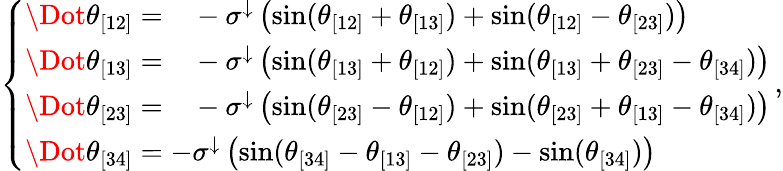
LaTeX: \left\{ \begin{array}{ll}{\begin{array}{rl}{\Dot{\theta}_{[12]}=}&{{}-\sigma^{\downarrow}\left(\sin(\theta_{[12]}+\theta_{[13]})+\sin(\theta_{[12]}-\theta_{[23]})\right)}\end{array}}\\ {\begin{array}{rl}{\Dot{\theta}_{[13]}=}&{{}-\sigma^{\downarrow}\left(\sin(\theta_{[13]}+\theta_{[12]})+\sin(\theta_{[13]}+\theta_{[23]}-\theta_{[34]})\right)}\end{array}}\\ {\begin{array}{rl}{\Dot{\theta}_{[23]}=}&{{}-\sigma^{\downarrow}\left(\sin(\theta_{[23]}-\theta_{[12]})+\sin(\theta_{[23]}+\theta_{[13]}-\theta_{[34]})\right)}\end{array}}\\ {\begin{array}{r}{\Dot{\theta}_{[34]}=-\sigma^{\downarrow}\left(\sin(\theta_{[34]}-\theta_{[13]}-\theta_{[23]})-\sin(\theta_{[34]})\right)}\end{array}}\end{array}\right.\, ,